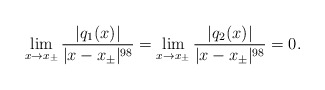
\begin{align*}\lim_{x\rightarrow x_\pm}\frac{ \vert q_1(x)\vert}{\vert x-x_\pm\vert^{98}}=\lim_{x\rightarrow x_\pm}\frac{ \vert q_2(x)\vert}{\vert x-x_\pm\vert^{98}}=0.\end{align*}